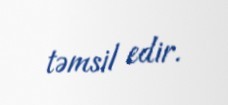
təmsil edir.